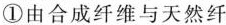
①由合成纤维与天然纤